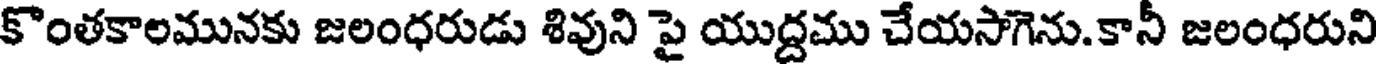
కొంతకాలమునకు జలంధరుడు శివుని పై యుద్దము చేయసాగెను.కానీ జలంధరుని